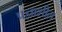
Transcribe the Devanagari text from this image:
प्रज्ञाशील